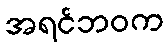
အရင်ဘဝက